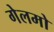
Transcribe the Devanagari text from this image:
गेलमो